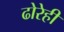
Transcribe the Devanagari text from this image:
ढोरेही